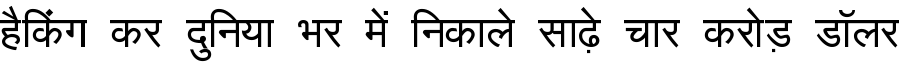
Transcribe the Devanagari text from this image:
हैकिंग कर दुनिया भर में निकाले साढ़े चार करोड़ डॉलर